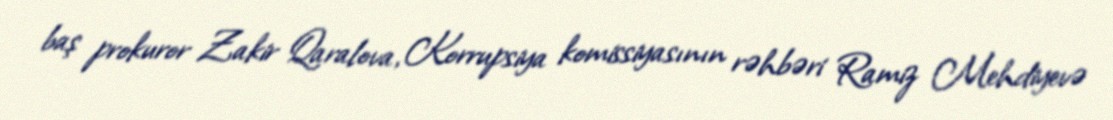
baş prokuror Zakir Qaralova, Korrupsiya komissiyasının rəhbəri Ramiz Mehdiyevə